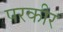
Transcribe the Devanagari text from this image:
परकीर